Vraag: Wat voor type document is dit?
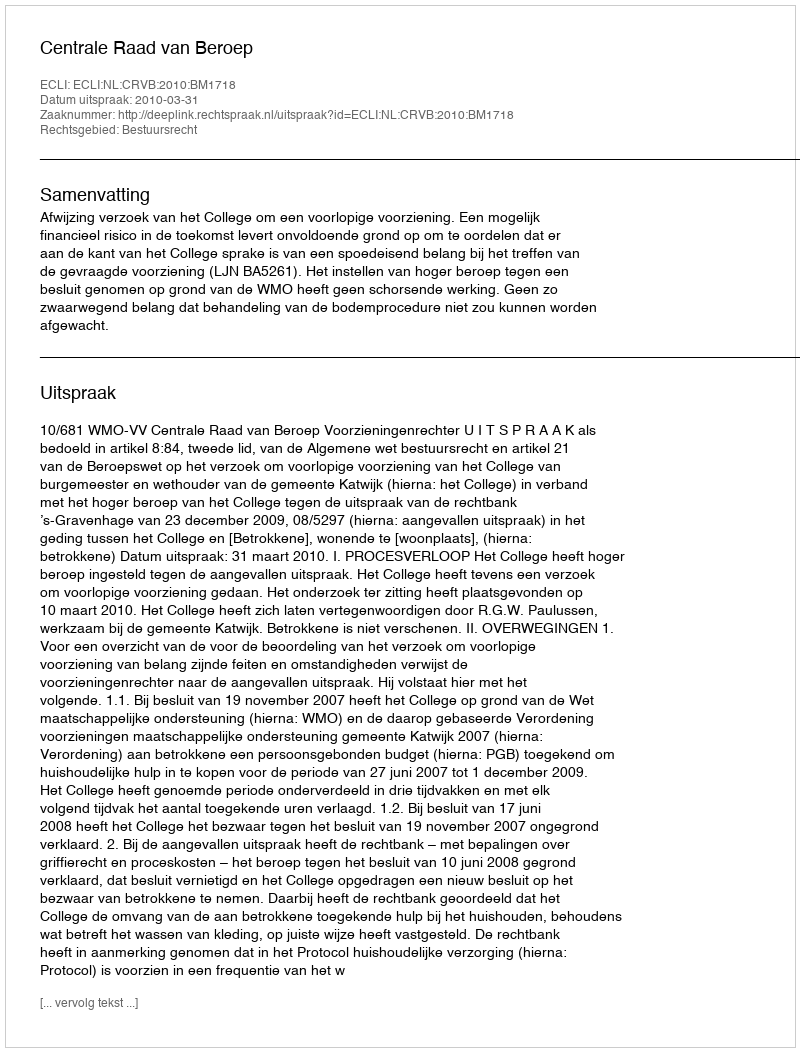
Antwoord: Uitspraak